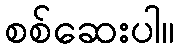
စစ်ဆေးပါ။